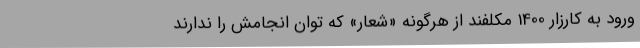
ورود به کارزار 1400 مکلفند از هرگونه «شعار» که توان انجامش را ندارند